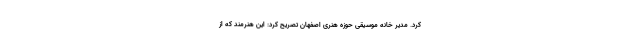
کرد. مدیر خانه موسیقی حوزه هنری اصفهان تصریح کرد: این هنرمند که از